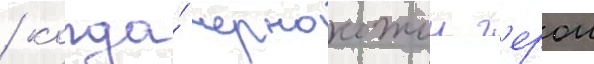
/ когда́ чернокожии г'ерои